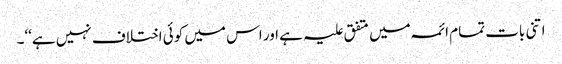
اتنی بات تمام ائمہ میں متفق علیہ ہے اور اس میں کوئی اختلاف نہیں ہے‘‘۔